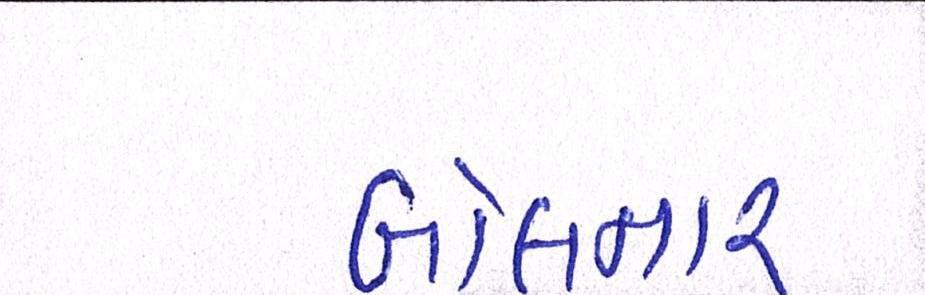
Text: બોલનાર